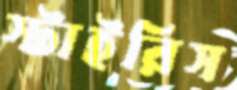
স্টাইরিস